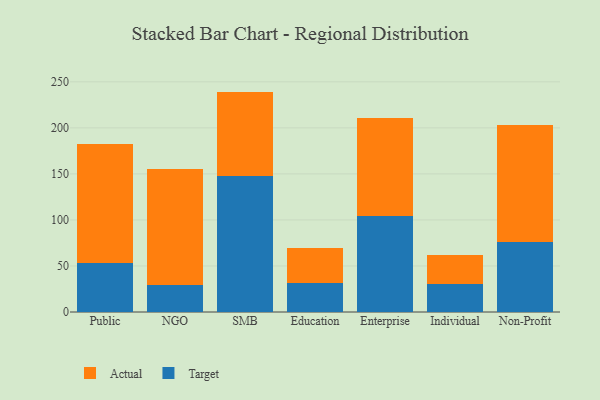
{"axis": {"x": "Segment", "y": "Population (Million)"}, "legend": ["Actual", "Target"], "data": [{"x": "Public", "y": 53.1, "type": "Target"}, {"x": "Public", "y": 129.4, "type": "Actual"}, {"x": "NGO", "y": 29.5, "type": "Target"}, {"x": "NGO", "y": 125.8, "type": "Actual"}, {"x": "SMB", "y": 148.2, "type": "Target"}, {"x": "SMB", "y": 91.2, "type": "Actual"}, {"x": "Education", "y": 31.8, "type": "Target"}, {"x": "Education", "y": 37.7, "type": "Actual"}, {"x": "Enterprise", "y": 104.2, "type": "Target"}, {"x": "Enterprise", "y": 106.8, "type": "Actual"}, {"x": "Individual", "y": 29.9, "type": "Target"}, {"x": "Individual", "y": 31.9, "type": "Actual"}, {"x": "Non-Profit", "y": 75.7, "type": "Target"}, {"x": "Non-Profit", "y": 127.2, "type": "Actual"}]}